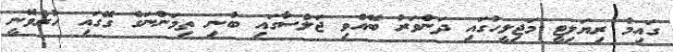
ގައިމު ރިޔަލިޓީ މަޖިލީހުގައި ދަންވަރު ބޭއްވި ޖަލްސާގައި ބުނި ތިމަންނަގެ ގޭގައި ހުރެވޭނީ